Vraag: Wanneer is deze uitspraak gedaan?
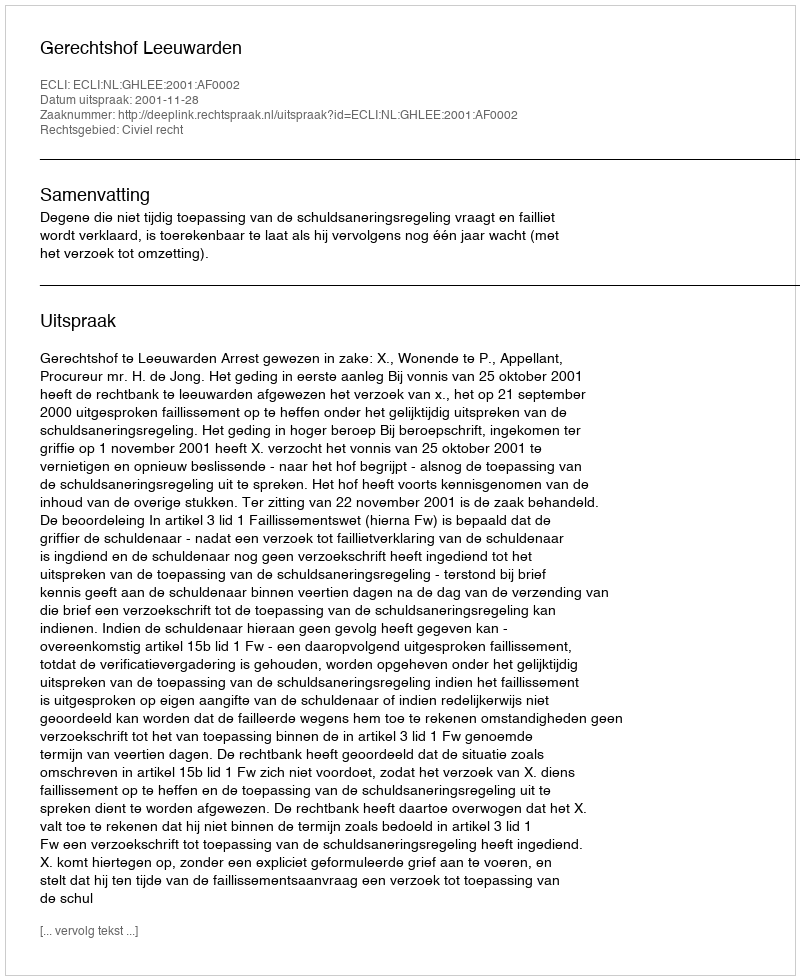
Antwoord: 2001-11-28